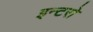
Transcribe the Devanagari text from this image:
इन्टरो